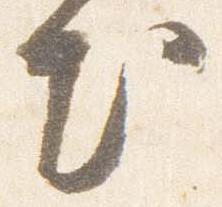
出